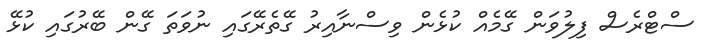
ސްޓްރެސް ފިލުވަން ގޭމެއް ކުޅެން ވިސްނާއިރު ގޭތެރޭގައި ނުވަތަ ގޭން ބޭރުގައި ކުޅޭ